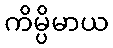
ကိမ္ပိမာယ